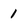
Character: 1